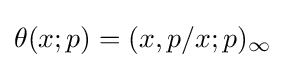
\displaystyle \theta (x;p)=(x,p/x;p)_{\infty }